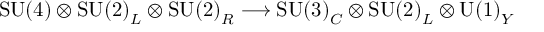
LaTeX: \mathrm { S U ( 4 ) } \otimes \mathrm { S U ( 2 ) } _ { L } \otimes \mathrm { S U ( 2 ) } _ { R } \longrightarrow \mathrm { S U ( 3 ) } _ { C } \otimes \mathrm { S U ( 2 ) } _ { L } \otimes \mathrm { U ( 1 ) } _ { Y }